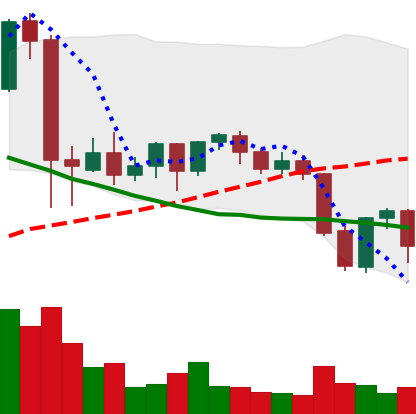
Ticker: NEO-USD
Chart end date: 2021-09-24
Forward return: -6.779%
Label: down_5_7